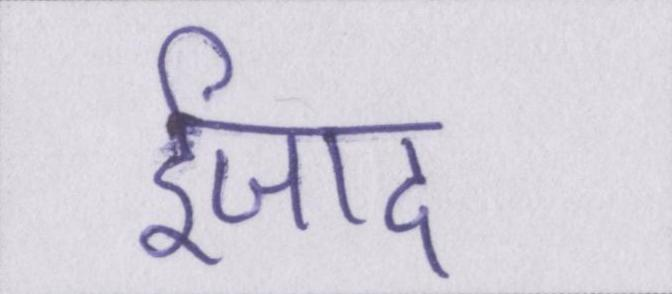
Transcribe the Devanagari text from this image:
ईजाद